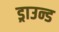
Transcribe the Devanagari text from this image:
ड्राउन्ड